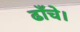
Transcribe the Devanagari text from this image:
ढाँचे।